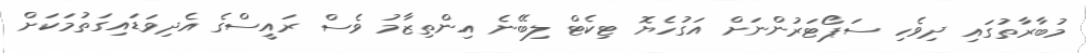
މުބާރާތުގައި ދިވެހި ސަޕޯޓަރުންނަށް އަގުހެޔޮ ޓިކެޓް ލިބޭނެ އިންތިޒާމު ވެސް ރައީސްގެ އެދިވަޑައިގަތުމަކަށް